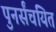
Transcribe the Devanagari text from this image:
पुनर्संचयित